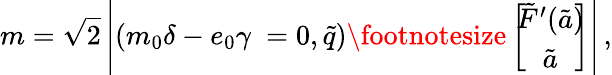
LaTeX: m=\sqrt{2}\left|(m_{0}\delta-e_{0}\gamma~=0,\tilde{q}){\footnotesize\left[\! \! \begin{array}{c}{{\tilde{F}^{\prime}(\tilde{a})}}\\ {{\tilde{a}}}\end{array}\! \! \right]}\right|\, ,